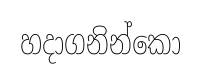
හදාගනින්කො